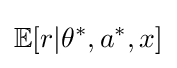
\mathbb {E} [r|\theta ^{\ast },a^{\ast },x]